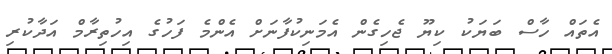
އެތައް ހާސް ބަޔަކު ކިޔޫ ޖެހިގެން އެމަނިކުފާނަށް އެންމެ ފަހުގެ އިހުތިރާމް އަދާކުރި